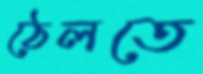
ঠেলতে